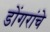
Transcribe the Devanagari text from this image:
डोंगरांचे